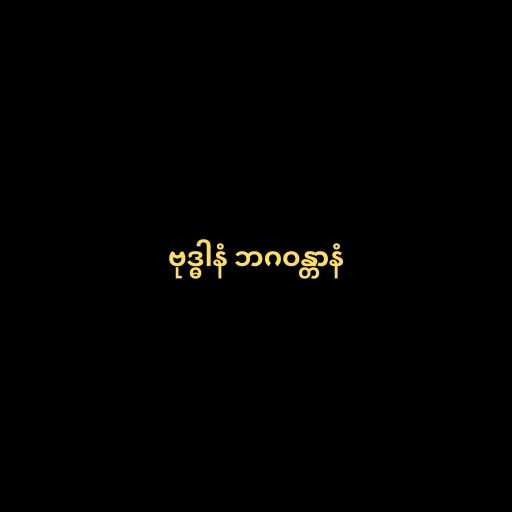
ဗုဒ္ဓါနံ ဘဂဝန္တာနံ